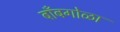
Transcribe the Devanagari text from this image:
बाँबगोळा